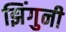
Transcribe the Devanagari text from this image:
झिंगुनी